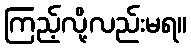
ကြည့်လို့လည်းမရ။